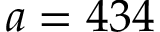
a = 4 3 4